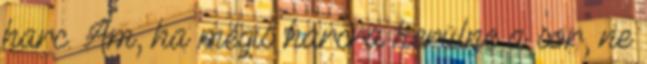
harc. Ám, ha mégis harcra kerülne a sor, ne